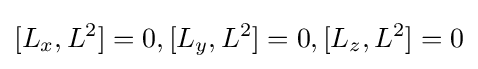
[L_{x},L^{2}]=0,[L_{y},L^{2}]=0,[L_{z},L^{2}]=0